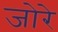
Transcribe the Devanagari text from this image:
जोरे